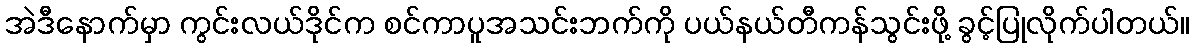
အဲဒီနောက်မှာ ကွင်းလယ်ဒိုင်က စင်ကာပူအသင်းဘက်ကို ပယ်နယ်တီကန်သွင်းဖို့ ခွင့်ပြုလိုက်ပါတယ်။